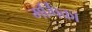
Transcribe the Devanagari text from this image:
मर्गिका